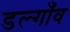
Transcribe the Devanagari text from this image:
डल्गाँव